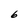
Character: 6